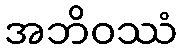
အဘိဝဿံ